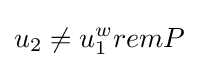
u_{2}\neq u_{1}^{w}remP